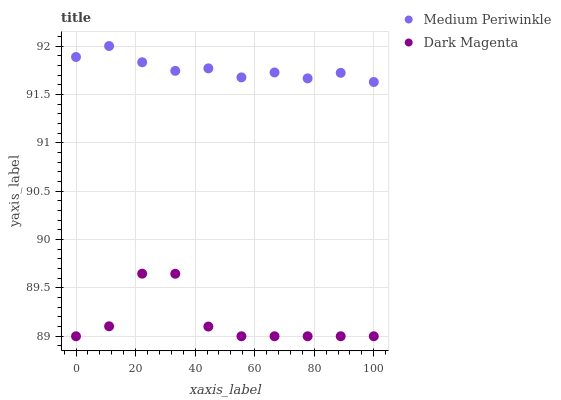
| xaxis_label | Medium Periwinkle | Dark Magenta |
 | --- | --- | --- |
 | 0 | 91.9 | 89 |
 | 11.1 | 92 | 89.1 |
 | 22.2 | 91.8 | 89.6 |
 | 33.3 | 91.7 | 89.6 |
 | 44.4 | 91.8 | 89.1 |
 | 55.6 | 91.7 | 89 |
 | 66.7 | 91.7 | 89 |
 | 77.8 | 91.7 | 89 |
 | 88.9 | 91.7 | 89 |
 | 100 | 91.6 | 89 |